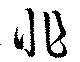
非